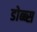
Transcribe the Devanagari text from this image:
डोब्ब्स